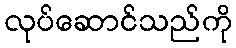
လုပ်ဆောင်သည်ကို